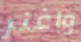
واغنر